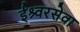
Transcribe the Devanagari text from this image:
ईश्र्वरसेवा